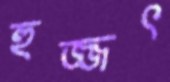
হুজ্জৎ